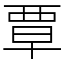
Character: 覃